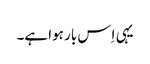
یہی اِس بار ہوا ہے۔